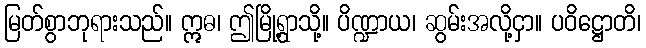
မြတ်စွာဘုရားသည်။ ဣဓ၊ ဤမြို့ရွာသို့။ ပိဏ္ဍာယ၊ ဆွမ်းအလို့ငှာ။ ပဝိဋ္ဌောတိ၊